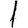
Digit: 1